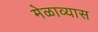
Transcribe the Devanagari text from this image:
मेळाव्यास